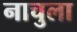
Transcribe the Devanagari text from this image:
नाचुला